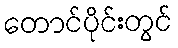
တောင်ပိုင်းတွင်